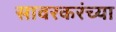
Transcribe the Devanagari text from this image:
सावरकरंच्या